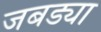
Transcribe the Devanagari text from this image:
जबड्या